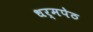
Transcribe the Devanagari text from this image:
धर्मपेठ